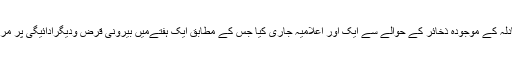
دوسری جانب اسٹیٹ بینک نے زرمبادلہ کے موجودہ ذخائر کے حوالے سے ایک اور اعلامیہ جاری کیا جس کے مطابق ایک ہفتےمیں بیرونی قرض ودیگرادائیگی پر مرکزی بینک کے زخائرمیں کمی ہوئی۔